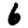
Digit: 6